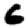
Digit: 6